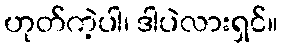
ဟုတ်ကဲ့ပါ၊ ဒါပဲလားရှင်။